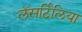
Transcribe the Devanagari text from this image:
लॅसर्टिलिया